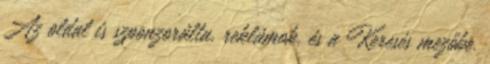
Az oldal is szponzorálta, reklámok, és a Keresés mezőbe.